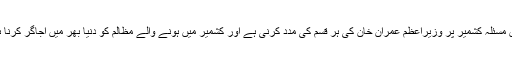
ہمیں مسئلہ کشمیر پر وزیراعظم عمران خان کی ہر قسم کی مدد کرنی ہے اور کشمیر میں ہونے والے مظالم کو دنیا بھر میں اجاگر کرنا ہے۔